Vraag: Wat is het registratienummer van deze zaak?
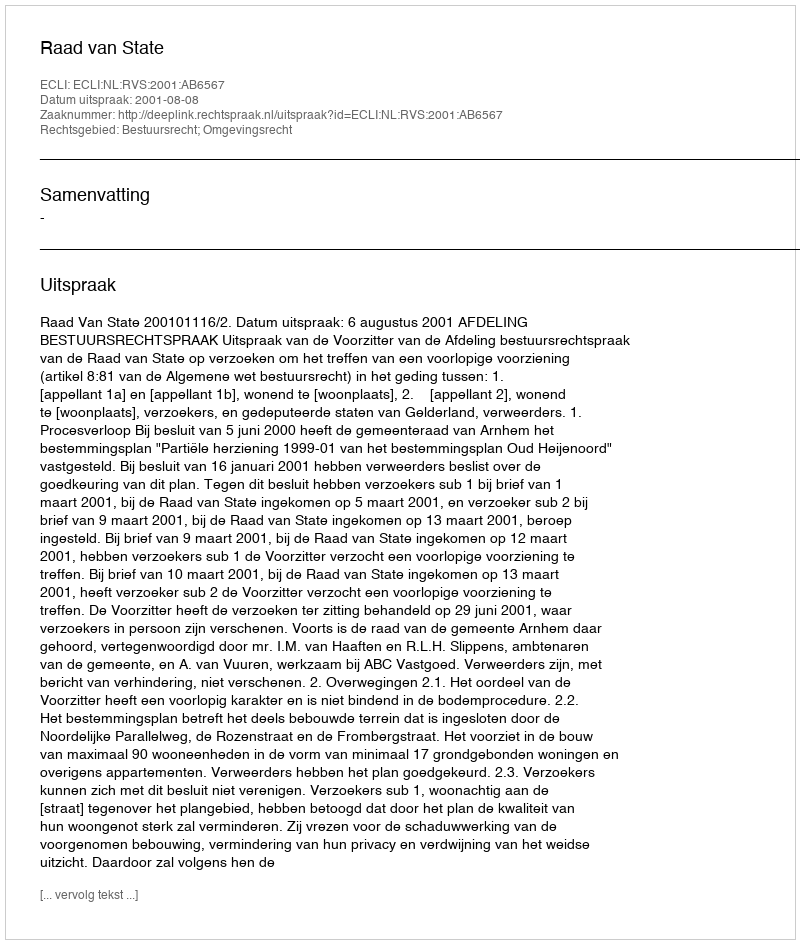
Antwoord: http://deeplink.rechtspraak.nl/uitspraak?id=ECLI:NL:RVS:2001:AB6567